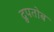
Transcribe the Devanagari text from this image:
द्रुपतोब